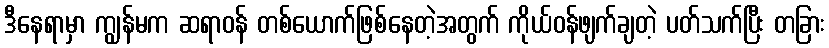
ဒီနေရာမှာ ကျွန်မက ဆရာဝန် တစ်ယောက်ဖြစ်နေတဲ့အတွက် ကိုယ်ဝန်ဖျက်ချတဲ့ ပတ်သက်ပြီး တခြား